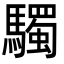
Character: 䮷